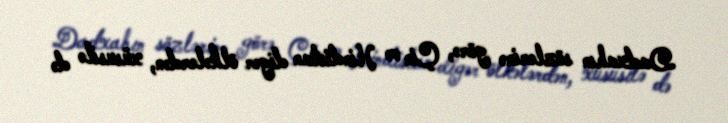
Dadxahın sözlərinə görə, Çin və Hindistan digər ölkələrdən, xüsusilə də